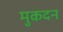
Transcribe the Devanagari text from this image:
मुकदन